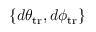
\{ d \theta _ { \mathrm { t r } } , d \phi _ { \mathrm { t r } } \}